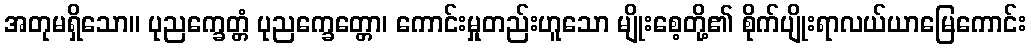
အတုမရှိသော။ ပုညက္ခေတ္တံ ပုညက္ခေတ္တော၊ ကောင်းမှုတည်းဟူသော မျိုးစေ့တို့၏ စိုက်ပျိုးရာလယ်ယာမြေကောင်း